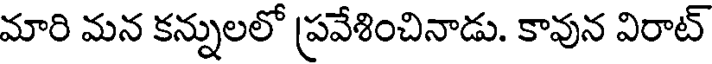
మారి మన కన్నులలో ప్రవేశించినాడు. కావున విరాట్